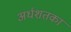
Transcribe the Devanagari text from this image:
अर्धशतका